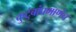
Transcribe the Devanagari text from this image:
कुटुंबांप्रमाणेच